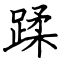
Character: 蹂